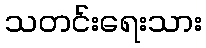
သတင်းရေးသား